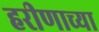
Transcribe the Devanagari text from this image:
हरीणाच्या